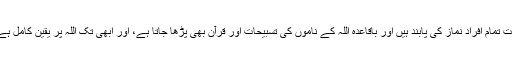
میرے گھر میں مجھ سمیت تمام افراد نماز کی پابند ہیں اور باقاعدہ اللہ کے ناموں کی تسبیحات اور قرآن بھی پڑھا جاتا ہے، اور ابھی تک اللہ پر یقینِ کامل ہے جو ہمیشہ پختہ رہے گا۔